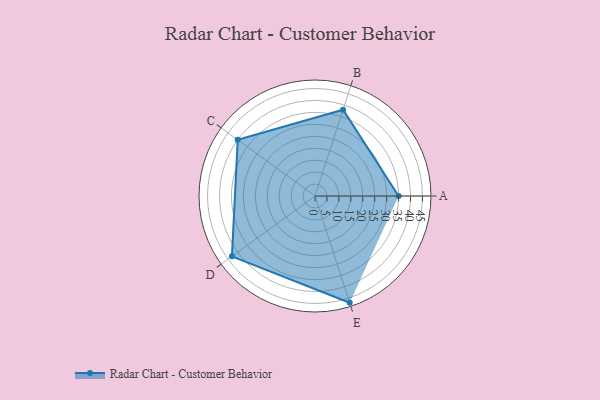
{"axis": {"x": "Skill", "y": "Score"}, "legend": ["Profile"], "data": [{"x": "A", "y": 35.0, "type": "Profile"}, {"x": "B", "y": 38.0, "type": "Profile"}, {"x": "C", "y": 40.0, "type": "Profile"}, {"x": "D", "y": 43.0, "type": "Profile"}, {"x": "E", "y": 47.0, "type": "Profile"}]}